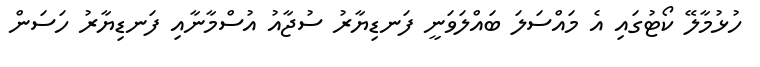
ހުޅުމާލޭ ކޯޓުގައި އެ މައްސަލަ ބައްލަވަނީ ފަނޑިޔާރު ސުޖާއު އުސްމާނާއި ފަނޑިޔާރު ހަސަން